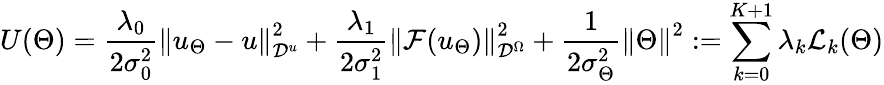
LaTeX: U(\Theta)=\frac{\lambda_{0}}{2\sigma_{0}^{2}}\left\| u_{\Theta}-u\right\| _{\mathcal{D}^{u}}^{2}+\frac{\lambda_{1}}{2\sigma_{1}^{2}}\left\| \mathcal{F}(u_{\Theta})\right\| _{\mathcal{D}^{\Omega}}^{2}+\frac{1}{2\sigma_{\Theta}^{2}}\left\| \Theta\right\| ^{2}:=\sum_{k=0}^{K+1}\lambda_{k}\mathcal{L}_{k}(\Theta)